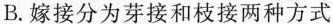
B.嫁接分为芽接和枝接两种方式